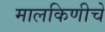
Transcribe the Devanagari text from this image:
मालकिणीचे